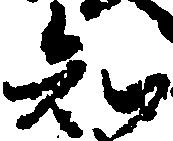
知